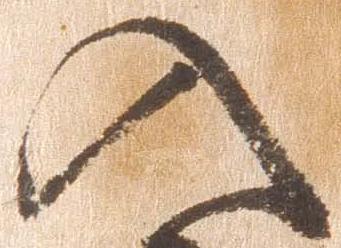
入